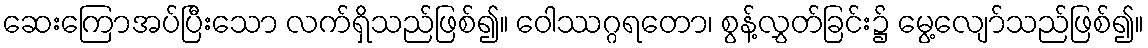
ဆေးကြောအပ်ပြီးသော လက်ရှိသည်ဖြစ်၍။ ဝေါဿဂ္ဂရတော၊ စွန့်လွှတ်ခြင်း၌ မွေ့လျော်သည်ဖြစ်၍။